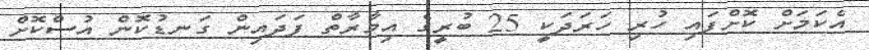
އެކަމަށް ކޮށްފައި ހުރި ހަރަދަކީ 25 ބުރީގެ އިމާރާތް ފަދައިން ގަނޑުކޮން އުސްކޮށް